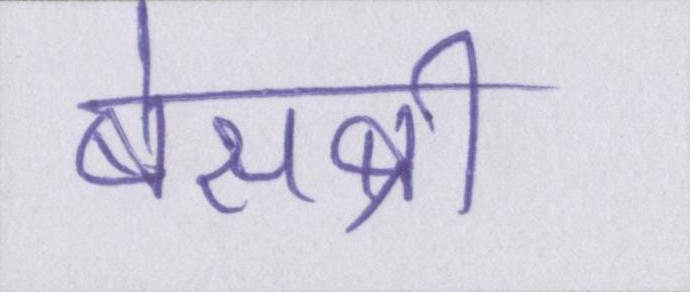
बेसब्री